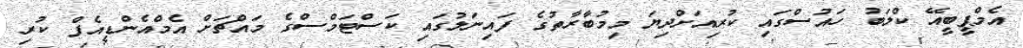
އެމްޕީބީއޭ ކްލަބު ހައުސްގައި ކުރިއަށްދިޔަ މިމުބާރާތުގެ ފައިނަލުގައި ކަސްޓަމްސްގެ މައްޗަށް އެމްއެންޑީއެފް ކުރި